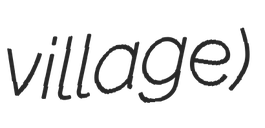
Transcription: village)